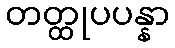
တတ္ထုပပန္နာ